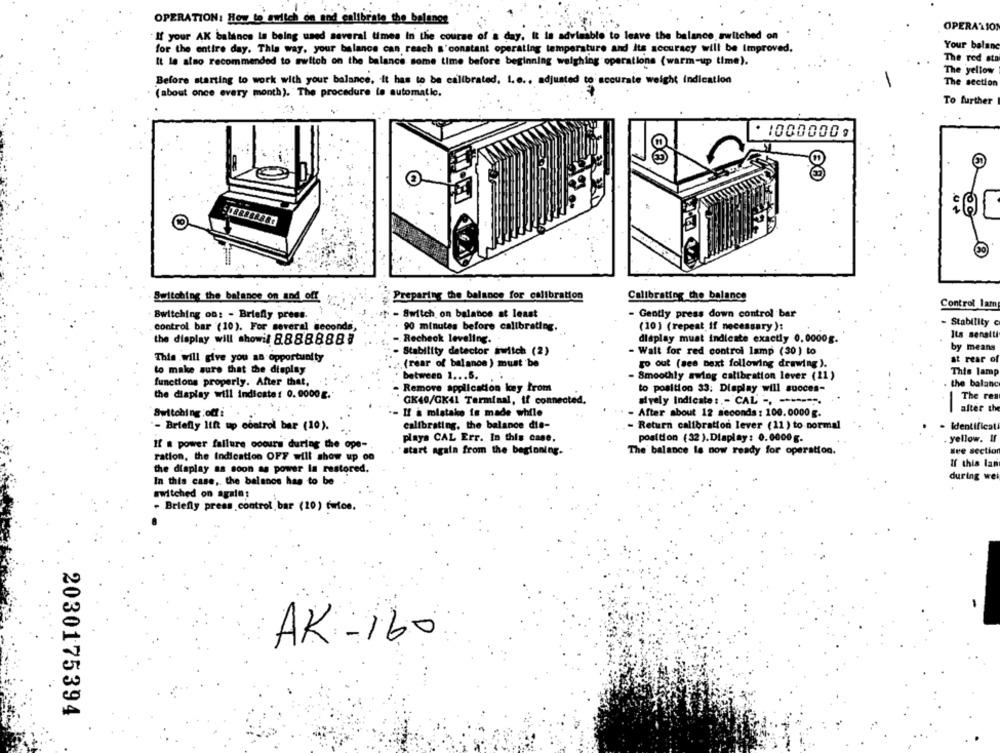
OPERATION: How to switch on and calibrate the belones
OPERATION
If your AK balance la being used several times in the course of a day. It is advisable to leave the balance switched on
Your balanc
for the entire day. This way, your balance can reach a'constant operating temperature and Its accuracy will be Improved.
The red ata
It le also recommended to switch on the balance some time before beginning weighing operations (warm-up time).
The yellow
Before starting to work with your balance. it has to be calibrated, i.e ., adjusted to accurate weight indication
The section
(about once every month). The procedure to automatic.
To further
*10000009
-
Switching the balance on and off
Preparing the balance for calibration
Calibrating the balance
Control lam
Switching on: - Briefly press.
- Switch on balance at least
- Gently press down control bar
- Stability C
control bar (10). For several seconds,
90 minutes before calibrating.
(10) (repeat if necessary ):
the display will showil 8.8888883
- Recheck leveling.
dléplay must indicate exactly 0,0000g.
Its sensiti
by means
Stability detector switch (2)
- Wait for red control lamp (30 ) to
This will give you an opportunity
at rear of
to make sure that the display
(rear of balance ) must be
go out (see next following drawing).
between 1 .....
- Smoothly swing calibration lever (11)
This lamp
functions properly. After that,
. the balance
Remove application key from
to position 33: Display will suoces-
the display will indicate: 0.0000g.
GK40/GK41 Terminal, if connected,
The res
sively Indicate :,- CAL -, -------.
after the
Switching off i
- Il à mistake is made while
After about 12 seconds : 100.0000 g.
-
- Briefly lift up control bar (10).
calibrating, the balance die-
- Return calibration lever (11 ) to normal
. Identificati
. yellow. If
If n power failure occurs during the ope-
playa CAL Err. In this case.
position (32).Display: 0.0000g.
start again from the beginning.
The balance is now ready for operation.
see section
ration, the Indication OFF will show up on
If this lan
the display as soon as power In restored.
In this case, the balance has to be
during wei
switched on again:
- Briefly press control bar (20) twice.
AK -160
2030175394